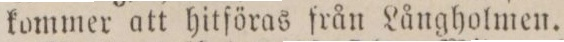
kommer att hitföras från Långholmen.